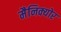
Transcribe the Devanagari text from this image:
मैनिक्योर